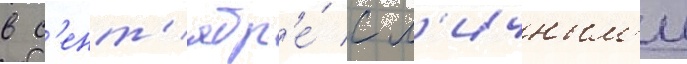
в с'ент'ябр'е́ с л'ичным'и